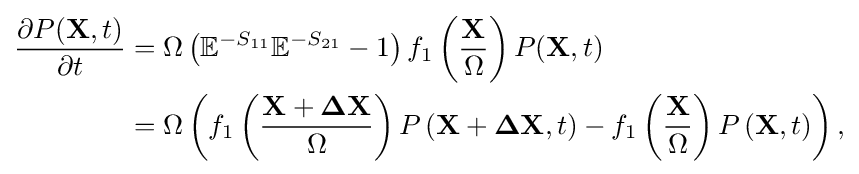
{\begin{aligned}{\frac {\partial P(\mathbf {X} ,t)}{\partial t}}&=\Omega \left(\mathbb {E} ^{-S_{11}}\mathbb {E} ^{-S_{21}}-1\right)f_{1}\left({\frac {\mathbf {X} }{\Omega }}\right)P(\mathbf {X} ,t)\\&=\Omega \left(f_{1}\left({\frac {\mathbf {X} +\mathbf {\Delta X} }{\Omega }}\right)P\left(\mathbf {X} +\mathbf {\Delta X} ,t\right)-f_{1}\left({\frac {\mathbf {X} }{\Omega }}\right)P\left(\mathbf {X} ,t\right)\right),\end{aligned}}